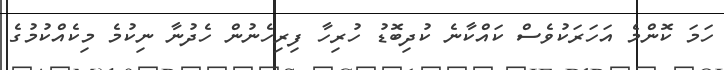
ހަމަ ކޮންމެ އަހަރަކުވެސް ކައްކާނެ ކުދިބޮޑު ހުރިހާ ފިރިހެނުން ހެދުނާ ނިކުމެ މިކެއްކުމުގެ